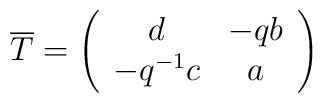
\overline{T}=\left(\begin{array}{cc} d & -qb \\ -q^{-1}c & a\end{array}\right)